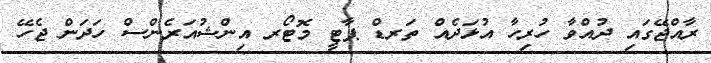
ރާއްޖޭގައި ދުއްވާ ހުރިހާ އުޅަދެއް ތަރޑް ޕާޓީ މޮޓޯރ އިންޝުއަރެންސް ހަދަން ޖެހޭ